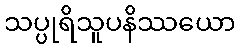
သပ္ပုရိသူပနိဿယော